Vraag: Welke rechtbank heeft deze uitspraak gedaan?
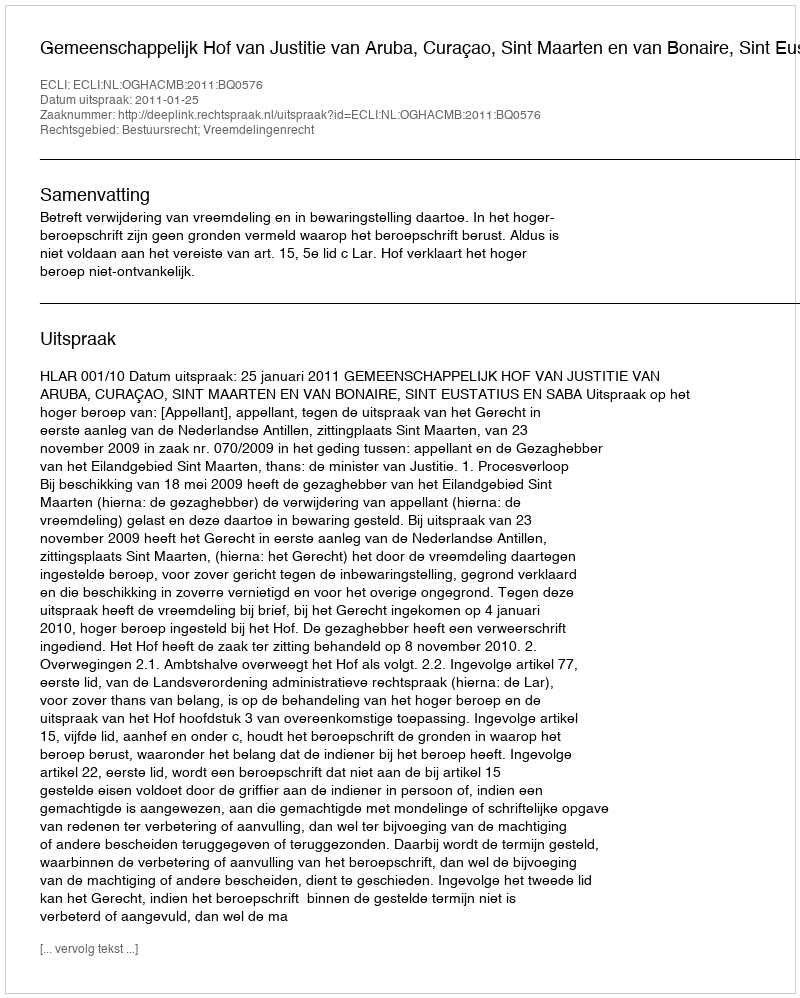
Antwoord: Gemeenschappelijk Hof van Justitie van Aruba, Curaçao, Sint Maarten en van Bonaire, Sint Eustatius en Saba